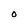
Character: O